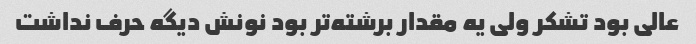
عالی بود تشکر ولی یه مقدار برشته‌تر بود نونش دیگه حرف نداشت